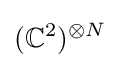
(\mathbb {C} ^{2})^{\otimes N}